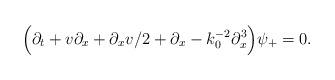
LaTeX: \begin{align*}\Bigl(\partial_t + v \partial_x + \partial_x v/2 + \partial_x- k_0^{-2}\partial^{3}_x\Bigr) \psi_{+} = 0.\end{align*}